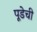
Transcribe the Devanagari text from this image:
पूडेची